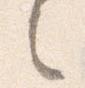
之